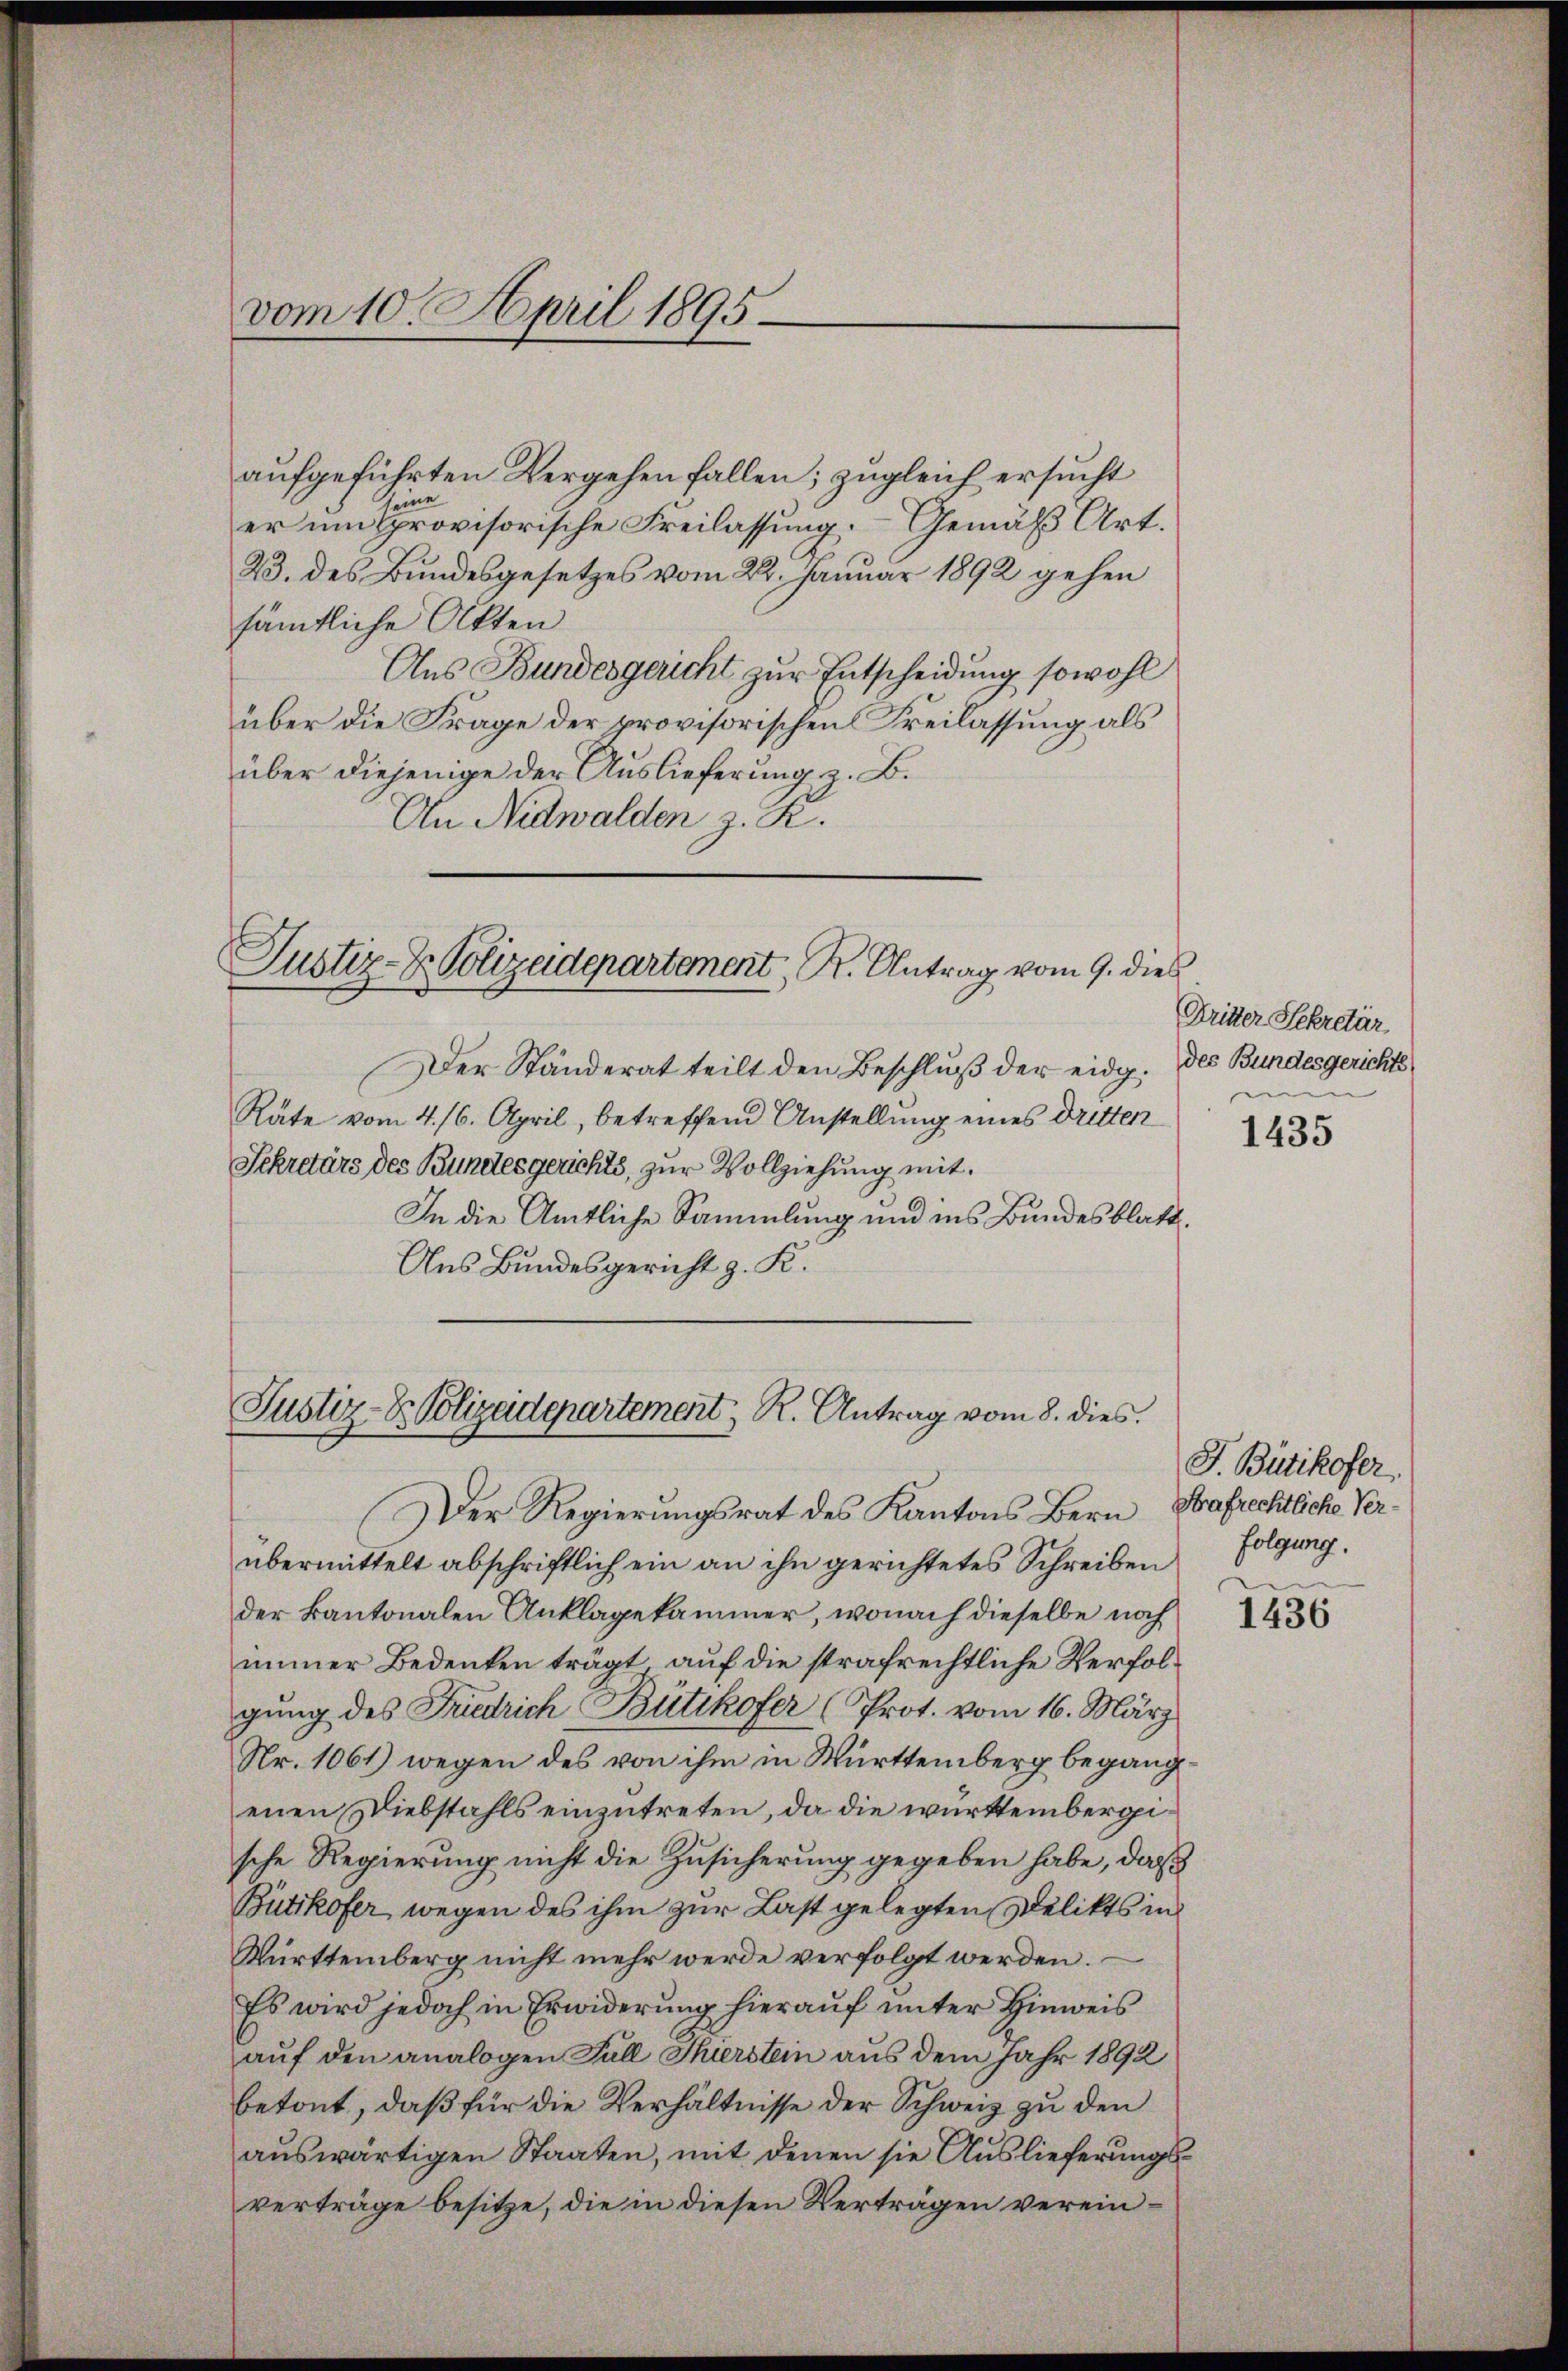
vom 10. April 1895.

aufgeführten Vergehen fallen; zugleich ersucht
eine
er um provisorische Freilassung. Gemäß Art.
23. des Bundesgesetzes vom 22. Januar 1892 gehen
sämtliche Akten
Aus Bundesgericht zur Entscheidung sowohl
über die Frage der provisorischen Freilassung als
über diejenige der Auslieferung, z. B.
An Nidwalden z. R.

Justiz- & Polizeidepartement, R. Antrag vom 9. dies

Der Ständerat teilt den Beschluß der eidg.
Räte vom 4. 16. April, betreffend Anstellung eines Dritten
Sekretärs des Bundesgerichts, zur Vollziehung mit
In die Amtliche Sammlung und ins Bundesblatt
Aus Bundesgericht z. K.

Justiz- & Polizeidepartement, R. Antrag vom 8. dies

Der Regierungsrat des Kantons Bern
übermittelt abschriftlich ein an ihn gerichtetes Schreiben
der kantonalen Anklagekammer, wonach dieselbe noch
immer Bedenken trägt, auf die strafrechtliche Verfolgŭng des Friedrich Bütikofer (Prot. vom 16. März
Nr. 1061) wegen des von ihm in Württemberg begang
ennen Diebstahls einzutreten, da die württembergische Regierung nicht die Zusicherung gegeben habe, daß
Bütikofer wegen des ihm zur Last gelegten Delikts in
Württemberg nicht mehr werde verfolgt werden.
Es wird jedoch in Erwiderung hierauf unter Hinweis
auf den analogen Full Thierstein aus dem Jahr 1892
betont, daß für die Verhältnisse der Schweiz zu den
aŭswärtigen Staaten, mit denen sie Auslieferungsverträge besitze, die in diesen Verträgen verein¬

Dritter Sekretär
des Bundesgerichte

1435

J. Bütikofer
Strafrechtliche Verfolgung.

1436